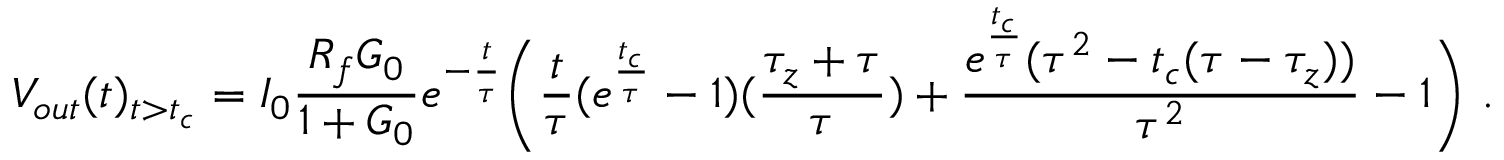
V _ { o u t } ( t ) _ { t > t _ { c } } = I _ { 0 } \frac { R _ { f } G _ { 0 } } { 1 + G _ { 0 } } e ^ { - \frac { t } { \tau } } \Bigg ( \frac { t } { \tau } ( e ^ { \frac { t _ { c } } { \tau } } - 1 ) ( \frac { \tau _ { z } + \tau } { \tau } ) + \frac { e ^ { \frac { t _ { c } } { \tau } } ( \tau ^ { 2 } - t _ { c } ( \tau - \tau _ { z } ) ) } { \tau ^ { 2 } } - 1 \Bigg ) ~ .